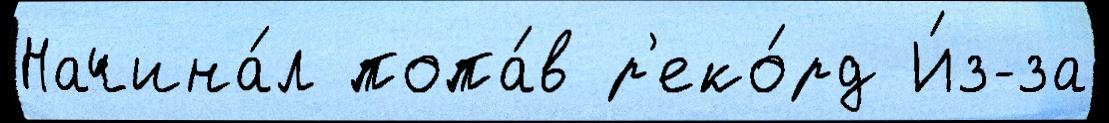
Начина́л попа́в р'еко́рд И́з-за